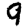
Digit: 9